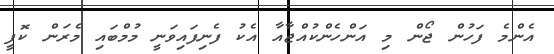
އެންމެ ފަހުން ޖޯން މި އަންހެންކުއްޖާއާ އެކު ފެނިފައިވަނީ މުމްބައި މެރަން ކޮފީ